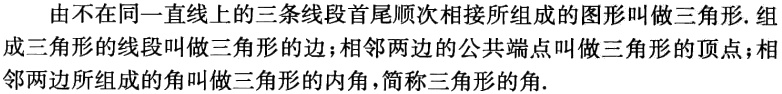
由不在同一直线上的三条线段首尾顺次相接所组成的图形叫做三角形. 组成三角形的线段叫做三角形的边；相邻两边的公共端点叫做三角形的顶点；相邻两边所组成的角叫做三角形的内角，简称三角形的角.